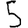
Digit: 5